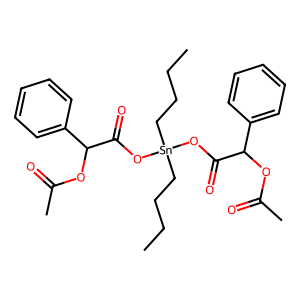
SMILES: CCCC[Sn](CCCC)(OC(=O)C(OC(C)=O)c1ccccc1)OC(=O)C(OC(C)=O)c1ccccc1
Inhibits HIV replication: No